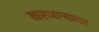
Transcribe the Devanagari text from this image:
करणाऱ्यावर